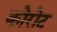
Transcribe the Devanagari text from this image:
कोरोट